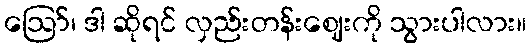
ဪ၊ ဒါ ဆိုရင် လှည်းတန်းဈေးကို သွားပါလား။